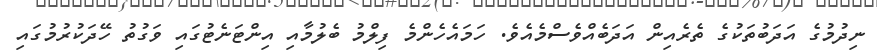
ނިދުމުގެ އަދަބުތަކުގެ ތެރެއިން އަދަބެއްވެސްމެއެވެ. ހަމައެހެންމެ ފިލްމު ބެލުމާއި އިންޓަނެޓުގައި ވަގުތު ހޭދަކުރުމުގައި